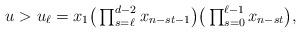
LaTeX: \begin{align*}u >u_\ell=x_1\big(\textstyle\prod_{s=\ell}^{d-2}x_{n-st-1}\big)\big(\prod_{s=0}^{\ell-1}x_{n-st}\big), \end{align*}